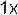
1X